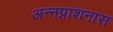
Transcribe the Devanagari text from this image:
अन्नप्राशनास